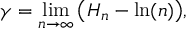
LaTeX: \gamma = \operatorname* { l i m } _ { n \rightarrow \infty } { \left( H _ { n } - \ln ( n ) \right) } ,